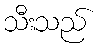
သီးသည်